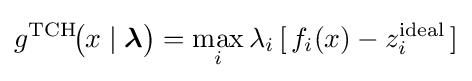
g^{\mathrm {TCH} }\!{\bigl (}x\mid {\boldsymbol {\lambda }}{\bigr )}=\max _{i}\lambda _{i}\,[\,f_{i}(x)-z_{i}^{\mathrm {ideal} }\,]